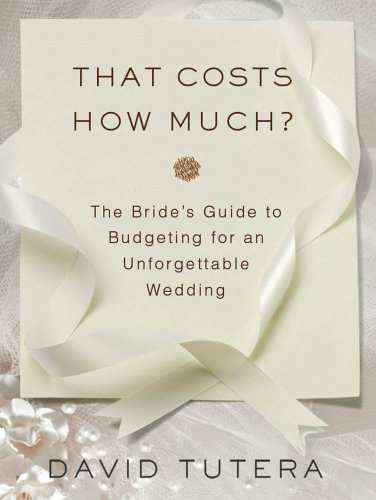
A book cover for That Costs How Much?: The Bride's Guide to Budgeting for an Unforgettable Wedding; David Tutera; Crafts, Hobbies & Home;